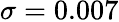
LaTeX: \sigma=0.007